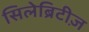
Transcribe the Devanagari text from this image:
सिलेब्रिटीज़